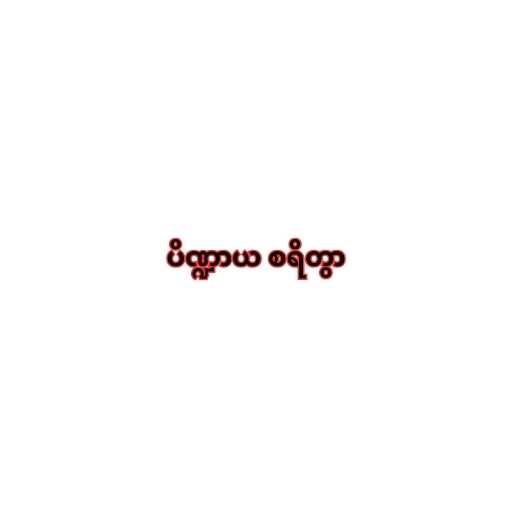
ပိဏ္ဍာယ စရိတွာ